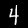
Digit: 4